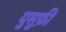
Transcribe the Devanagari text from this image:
युसुफ़ी